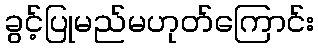
ခွင့်ပြုမည်မဟုတ်ကြောင်း